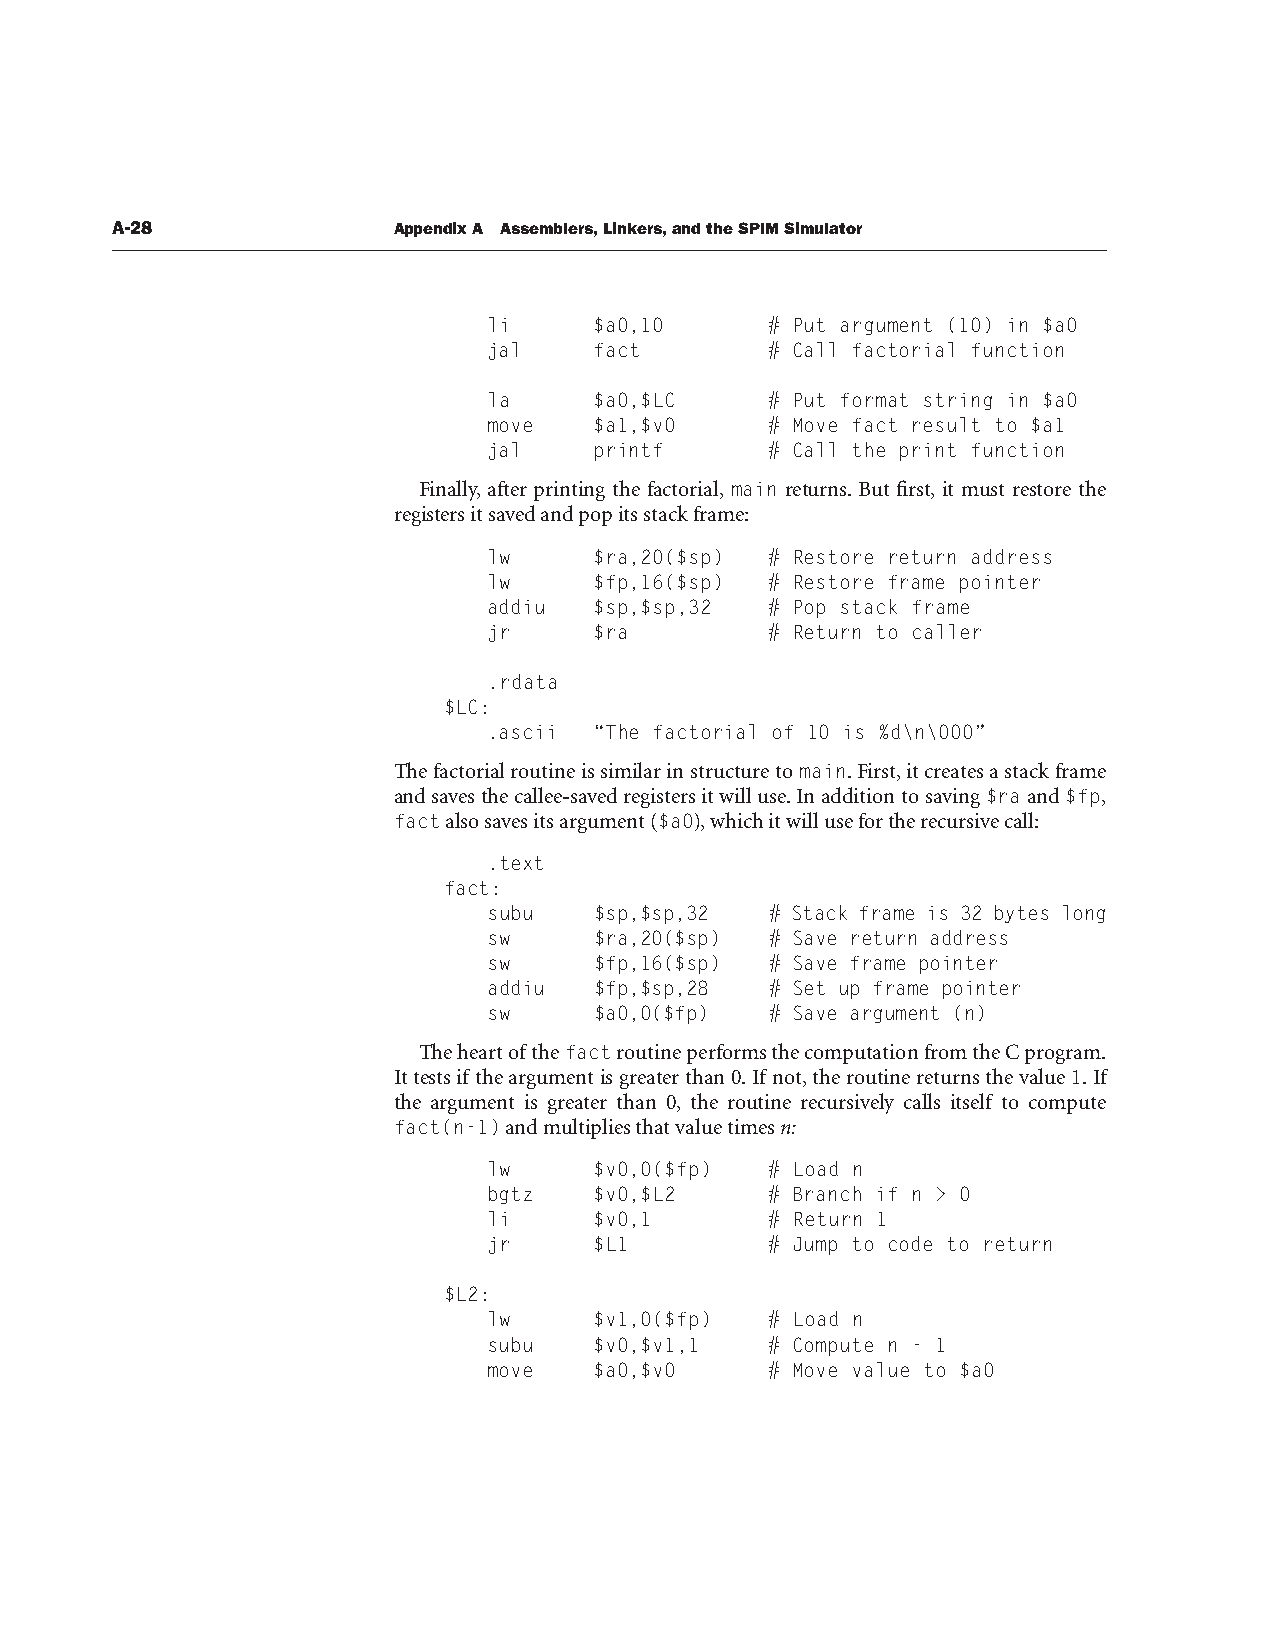
A-28               Appendix A Assemblers, Linkers, and the SPIM Simulator
 li     $a0,10      # Put argument (10) in $a0
 jal    fact        # Call factorial function
 la     $a0,$LC     # Put format string in $a0
 move   $a1,$v0     # Move fact result to $a1
 jal    printf      # Call the print function
 Finally, after printing the factorial, main returns. But first, it must restore the
 registers it saved and pop its stack frame:
 lw     $ra,20($sp) # Restore return address
 lw     $fp,16($sp) # Restore frame pointer
 addiu  $sp,$sp,32  # Pop stack frame
 jr     $ra         # Return to caller
 .rdata
 $LC:
 .ascii “The factorial of 10 is %d\n\000”
 The factorial routine is similar in structure to main. First, it creates a stack frame
 and saves the callee-saved registers it will use. In addition to saving $ra and $fp,
 fact also saves its argument ($a0), which it will use for the recursive call:
 .text
 fact:
 subu   $sp,$sp,32  # Stack frame is 32 bytes long
 sw     $ra,20($sp) # Save return address
 sw     $fp,16($sp) # Save frame pointer
 addiu  $fp,$sp,28  # Set up frame pointer
 sw     $a0,0($fp)  # Save argument (n)
 The heart of the fact routine performs the computation from the C program.
 It tests if the argument is greater than 0. If not, the routine returns the value 1. If
 the argument is greater than 0, the routine recursively calls itself to compute
 fact(n-1) and multiplies that value times n:
 lw     $v0,0($fp)  # Load n
 bgtz   $v0,$L2     # Branch if n > 0
 li     $v0,1       # Return 1
 jr     $L1         # Jump to code to return
 $L2:
 lw     $v1,0($fp)  # Load n
 subu   $v0,$v1,1   # Compute n - 1
 move   $a0,$v0     # Move value to $a0